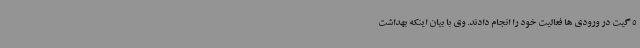
5 گیت در ورودی ها فعالیت خود را انجام دادند. وی با بیان اینکه بهداشت